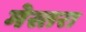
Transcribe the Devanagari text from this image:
मेस्तरा